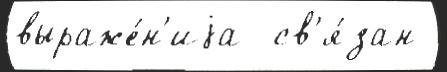
выраже́н'иjа  св'я́зан